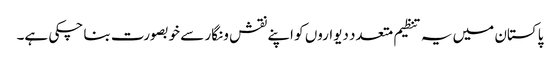
پاکستان میں یہ تنظیم متعدد دیواروں کو اپنے نقش و نگار سے خوبصورت بنا چکی ہے۔